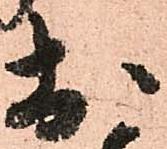
於